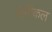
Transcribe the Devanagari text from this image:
गॉनीकल